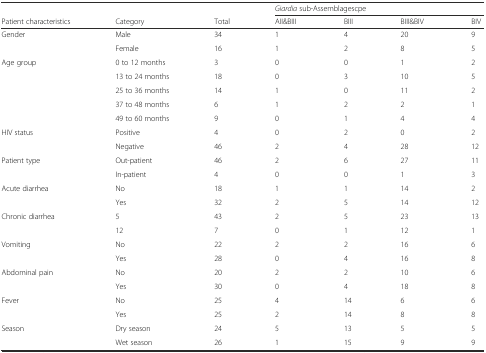
<table><thead><tr><td>[EMPTY_CELL]</td><td>[EMPTY_CELL]</td><td>[EMPTY_CELL]</td><td colspan="4"><b><i>Giardia</i> sub-Assemblagescpe</b></td></tr><tr><td><b>Patient characteristics</b></td><td><b>Category</b></td><td><b>Total</b></td><td><b>AII&amp;BIII</b></td><td><b>BIII</b></td><td><b>BIII&amp;BIV</b></td><td><b>BIV</b></td></tr></thead><tbody><tr><td>Gender</td><td>Male</td><td>34</td><td>1</td><td>4</td><td>20</td><td>9</td></tr><tr><td>[EMPTY_CELL]</td><td>Female</td><td>16</td><td>1</td><td>2</td><td>8</td><td>5</td></tr><tr><td>Age group</td><td>0 to 12 months</td><td>3</td><td>0</td><td>0</td><td>1</td><td>2</td></tr><tr><td>[EMPTY_CELL]</td><td>13 to 24 months</td><td>18</td><td>0</td><td>3</td><td>10</td><td>5</td></tr><tr><td>[EMPTY_CELL]</td><td>25 to 36 months</td><td>14</td><td>1</td><td>0</td><td>11</td><td>2</td></tr><tr><td>[EMPTY_CELL]</td><td>37 to 48 months</td><td>6</td><td>1</td><td>2</td><td>2</td><td>1</td></tr><tr><td>[EMPTY_CELL]</td><td>49 to 60 months</td><td>9</td><td>0</td><td>1</td><td>4</td><td>4</td></tr><tr><td>HIV status</td><td>Positive</td><td>4</td><td>0</td><td>2</td><td>0</td><td>2</td></tr><tr><td>[EMPTY_CELL]</td><td>Negative</td><td>46</td><td>2</td><td>4</td><td>28</td><td>12</td></tr><tr><td>Patient type</td><td>Out-patient</td><td>46</td><td>2</td><td>6</td><td>27</td><td>11</td></tr><tr><td>[EMPTY_CELL]</td><td>In-patient</td><td>4</td><td>0</td><td>0</td><td>1</td><td>3</td></tr><tr><td>Acute diarrhea</td><td>No</td><td>18</td><td>1</td><td>1</td><td>14</td><td>2</td></tr><tr><td>[EMPTY_CELL]</td><td>Yes</td><td>32</td><td>2</td><td>5</td><td>14</td><td>12</td></tr><tr><td>Chronic diarrhea</td><td>5</td><td>43</td><td>2</td><td>5</td><td>23</td><td>13</td></tr><tr><td>[EMPTY_CELL]</td><td>12</td><td>7</td><td>0</td><td>1</td><td>12</td><td>1</td></tr><tr><td>Vomiting</td><td>No</td><td>22</td><td>2</td><td>2</td><td>16</td><td>6</td></tr><tr><td>[EMPTY_CELL]</td><td>Yes</td><td>28</td><td>0</td><td>4</td><td>16</td><td>8</td></tr><tr><td>Abdominal pain</td><td>No</td><td>20</td><td>2</td><td>2</td><td>10</td><td>6</td></tr><tr><td>[EMPTY_CELL]</td><td>Yes</td><td>30</td><td>0</td><td>4</td><td>18</td><td>8</td></tr><tr><td>Fever</td><td>No</td><td>25</td><td>4</td><td>14</td><td>6</td><td>6</td></tr><tr><td>[EMPTY_CELL]</td><td>Yes</td><td>25</td><td>2</td><td>14</td><td>8</td><td>8</td></tr><tr><td>Season</td><td>Dry season</td><td>24</td><td>5</td><td>13</td><td>5</td><td>5</td></tr><tr><td>[EMPTY_CELL]</td><td>Wet season</td><td>26</td><td>1</td><td>15</td><td>9</td><td>9</td></tr></tbody></table>